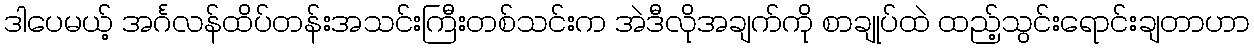
ဒါပေမယ့် အင်္ဂလန်ထိပ်တန်းအသင်းကြီးတစ်သင်းက အဲဒီလိုအချက်ကို စာချုပ်ထဲ ထည့်သွင်းရောင်းချတာဟာ